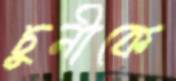
চুনীকে